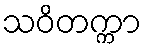
သဝိတက္ကာ